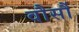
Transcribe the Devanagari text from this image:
वौर्सौ